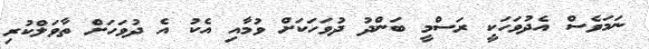
ނަމަވެސް އެދުވަހަކީ ރަސްމީ ބަންދު ދުވަހަކަށް ވުމާއި އެކު އެ ދުވަހަށް ތާވަލްކުރި